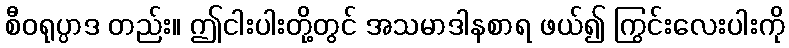
စီဝရုပ္ပာဒ တည်း။ ဤငါးပါးတို့တွင် အသမာဒါနစာရ ဖယ်၍ ကြွင်းလေးပါးကို